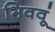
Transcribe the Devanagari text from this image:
भिववूं